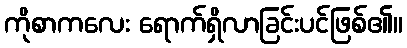
ကိုစာကလေး ရောက်ရှိလာခြင်းပင်ဖြစ်၏။